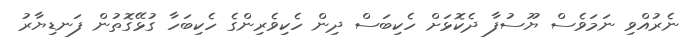
ނެރުއްވި ނަމަވެސް ޔޫސުފާ ދެކޮޅަށް ހެކިބަސް ދިން ހެކިވެރިންގެ ހެކިބަހާ ގުޅޭގޮތުން ފަނޑިޔާރު